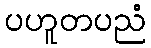
ပဟူတပညံ